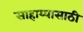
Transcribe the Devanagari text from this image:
साहाय्यासाठी